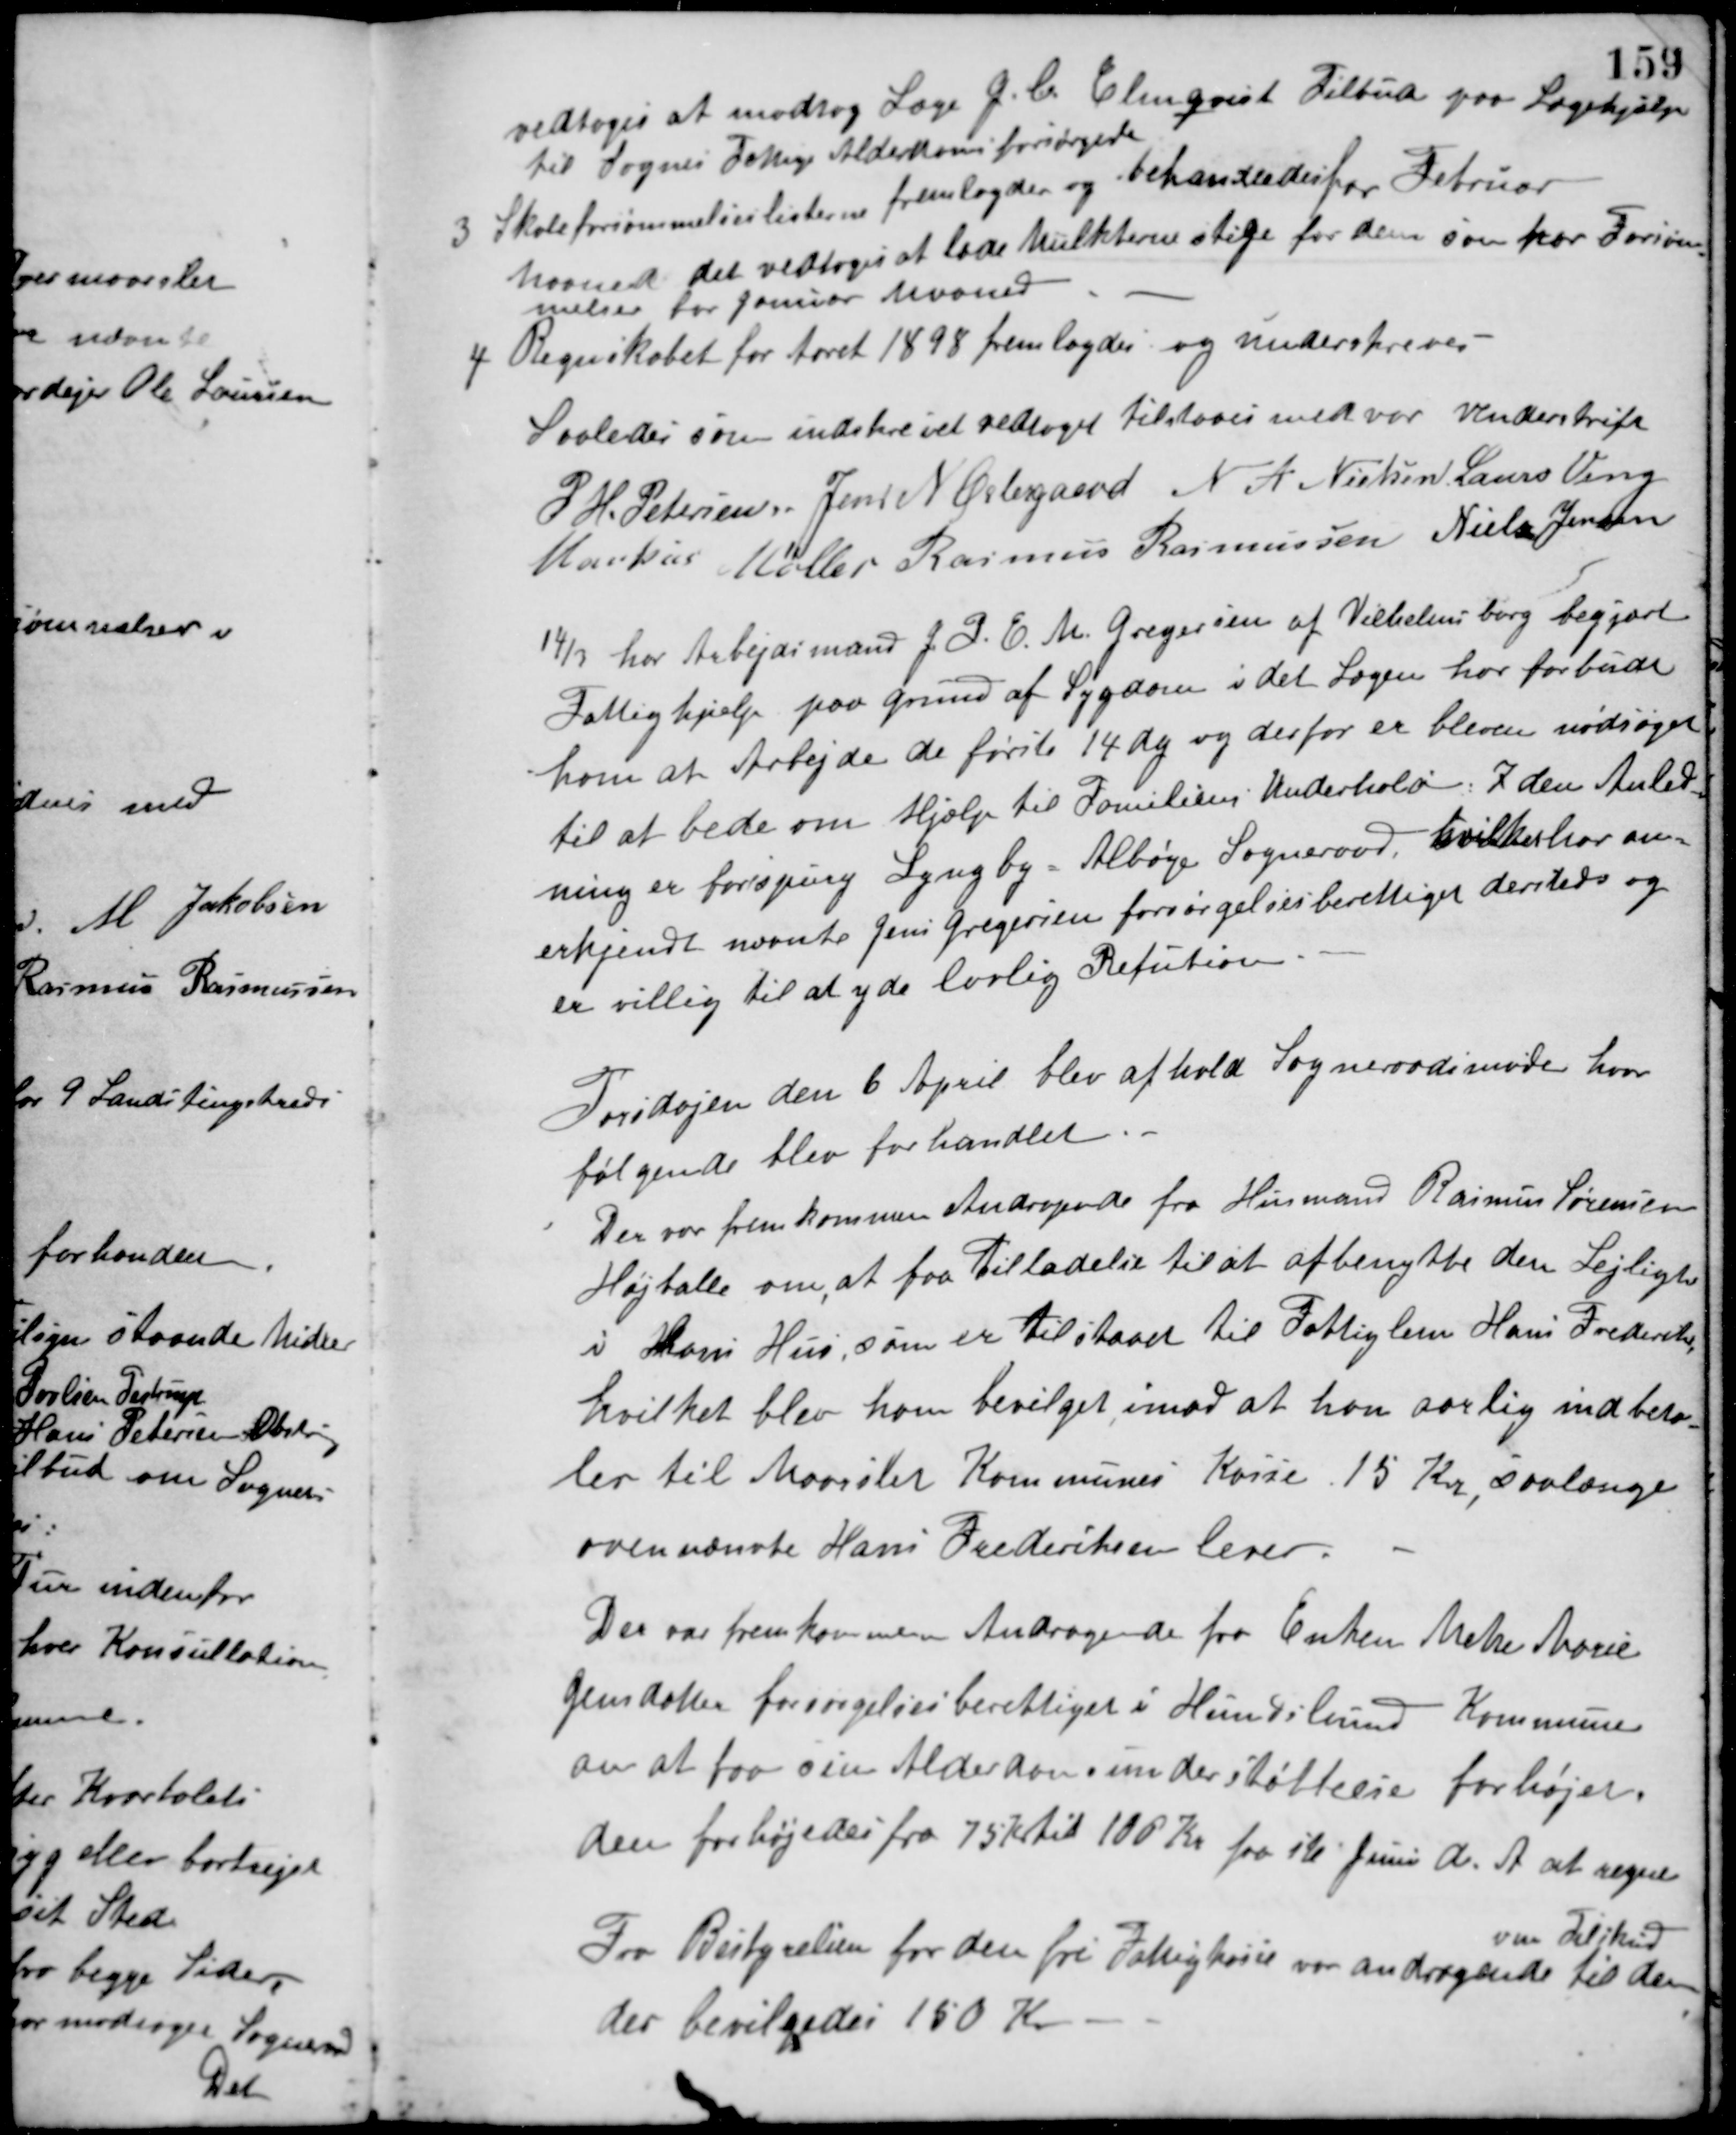
Transskription:
vedtoges at modtog Læge J. C. Elmqvist Tilbud paa Lægehjælp
til Sognes Fattige Alderdomsforsørgede.
3 Skoleforsømmelseslisterne fremlagdes og behandledes for Februar
Maaned det vedtoges at lade Mulkterne stige for dem som for Forsøm-
melse for Januar Maaned.
4 Regnskabet for Aaret 1898 fremlagdes og underskreves.
Saaledes som indskrevet vedtaget tilstaaes med vor Underskrift
P. H. Petersen Jens N. Østergaard N. A. Nielsen Laurs Veng
Markus Møller Rasmus Rasmussen Niels Jensen
14/3 har Arbejdsmand J. P. E. M. Gregersen af Vilhelmsborg begjært
Fattighjælp paa Grund af Sygdom i det Lægen har forbudt
ham at Arbejde de første 14 dg. og derfor er bleven nødsaget
til at bede om Hjælp til Familiens Underhold: I den Anled-
ning er forespurg Lyngby - Albøge Sogneraad, hvilket har an-
erkjendt nævnte Jens Gregersen forsørgelsesberettiget dersteds og
er villig til at yde lovlig Refution.
Torsdagen den 6 April blev afhold Sogneraadsmøde hvor
følgende blev forhandlet.
Der var fremkommen Andragende fra Husmand Rasmus Sørensen
Højballe om, at faa Tilladelse til at afbenytte den Lejlighed
i Hans Hus, som er tilstaaet til Fattiglem Hans Frederiksen,
hvilket blev ham bevilget imod at han aarlig indbeta-
ler til Maarslev Kommunes Kasse 15 Kr., saalænge
ovennævnte Hans Frederiksen lever.
Der var fremkommen Andragende fra Enken Mette Marie
Jensdatter forsørgelsesberettiget i Hundslund Kommune
om at faa sin Alderdomsunderstøttelse forhøjet.
den forhøjedes fra 75 Kr. til 100 Kr. fra 16 Juni d. A. at regne.
Fra Bestyrelsen for den fri Fattigkasse var andragende
om Tilskud
til dem,
der bevilgedes 150 Kr.